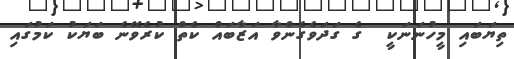
ތިޔަބައި މީހުނަނަކީ  ގެ ގަދަވެގެންވާ އަޒާބައް ކެތް ކުރެވޭނެ ބަޔަކު ކަމުގައި